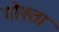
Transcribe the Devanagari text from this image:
गोस्ता